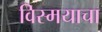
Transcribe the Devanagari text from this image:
विस्मयाचा